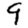
Digit: 9